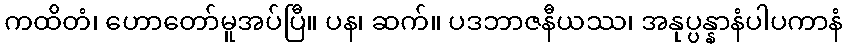
ကထိတံ၊ ဟောတော်မူအပ်ပြီ။ ပန၊ ဆက်။ ပဒဘာဇနီယဿ၊ အနုပ္ပန္နာနံပါပကာနံ